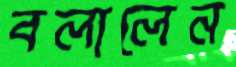
বলালেন